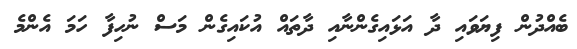
ބެއްދުން ފިޔަވައި ދާ އަޅައިގެންނާއި ދާތައް އުކައިގެން މަސް ނުހިފާ ހަމަ އެންމެ